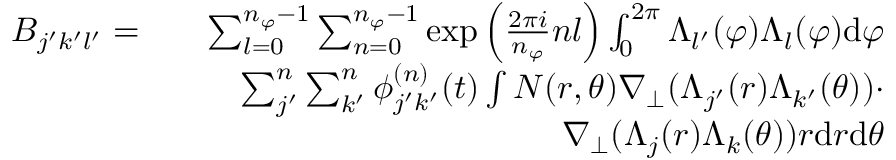
\begin{array} { r l r } { B _ { j ^ { \prime } k ^ { \prime } l ^ { \prime } } = } & { } & { \sum _ { l = 0 } ^ { n _ { \varphi } - 1 } \sum _ { n = 0 } ^ { n _ { \varphi } - 1 } \exp { \left( \frac { 2 \pi i } { n _ { \varphi } } n l \right) } \int _ { 0 } ^ { 2 \pi } \Lambda _ { l ^ { \prime } } ( \varphi ) \Lambda _ { l } ( \varphi ) \mathrm { d } \varphi } \\ & { } & { \sum _ { j ^ { \prime } } ^ { n } \sum _ { k ^ { \prime } } ^ { n } \phi _ { j ^ { \prime } k ^ { \prime } } ^ { ( n ) } ( t ) \int N ( r , \theta ) \nabla _ { \perp } ( \Lambda _ { j ^ { \prime } } ( r ) \Lambda _ { k ^ { \prime } } ( \theta ) ) \cdot } \\ & { } & { \nabla _ { \perp } ( \Lambda _ { j } ( r ) \Lambda _ { k } ( \theta ) ) r \mathrm { d } r \mathrm { d } \theta } \end{array}